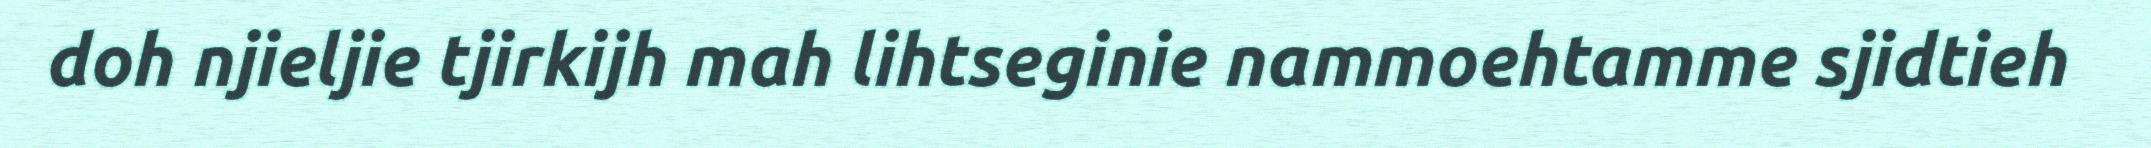
doh njieljie tjirkijh mah lihtseginie nammoehtamme sjidtieh